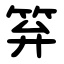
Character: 笲